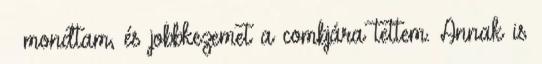
– mondtam, és jobbkezemet a combjára tettem. Annak is